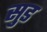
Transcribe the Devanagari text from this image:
सु़ड